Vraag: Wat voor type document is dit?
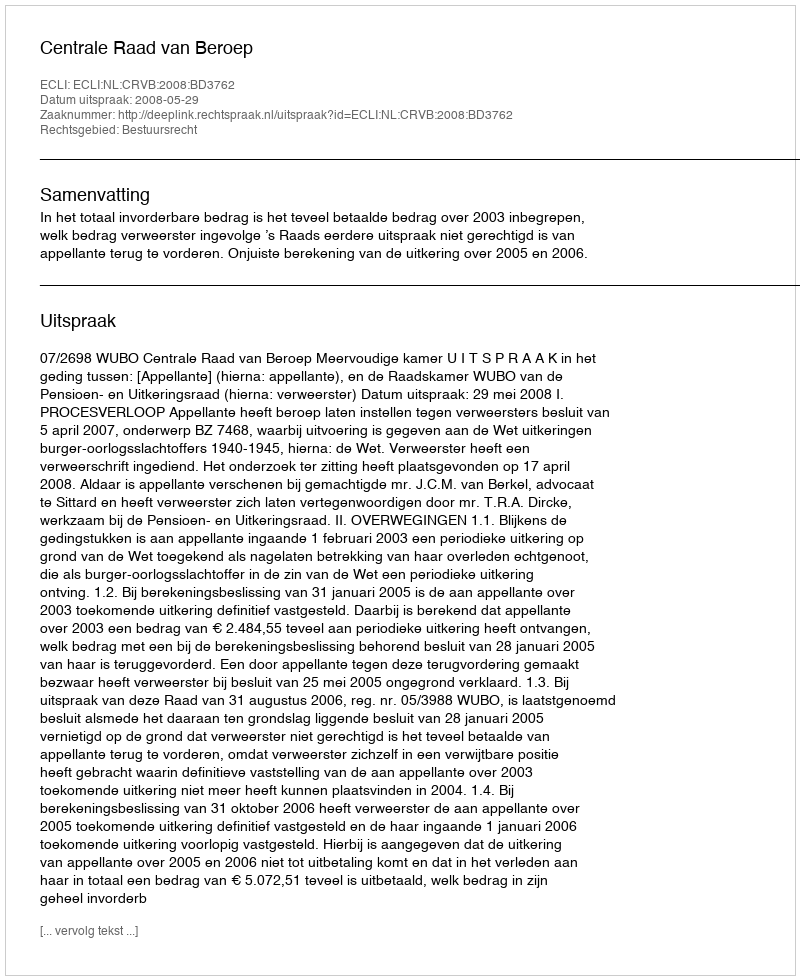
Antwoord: Uitspraak